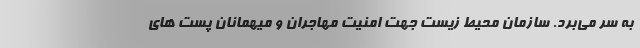
به سر می‌برد. سازمان محیط زیست جهت امنیت مهاجران و میهمانان پُست های